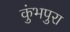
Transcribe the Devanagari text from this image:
कुंभपुरा